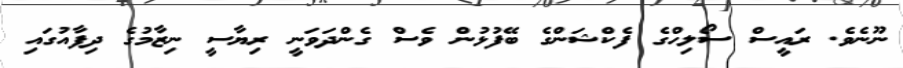
ނޫނެވެ. ރައީސް ސޯލިހްގެ ފެކްޝަންގެ ބޭފުޅުން ވެސް ގެންދަވަނީ ރިޔާސީ ނިޒާމުގެ ދިފާއުގައި